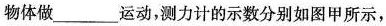
物体做___运动，测力计的示数分别如图甲所示，